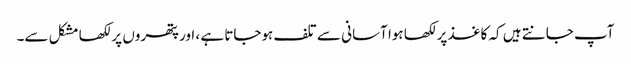
آپ جانتے ہیں کہ کاغذ پر لکھا ہوا آسانی سے تلف ہوجاتا ہے ، اور پتھروں پر لکھا مشکل سے۔